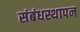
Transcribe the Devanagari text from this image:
संबंधस्थापन